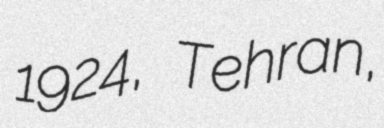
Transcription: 1924, Tehran,